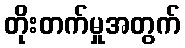
တိုးတက်မှုအတွက်